Madras plague regulations and rules - Volume 2
Disease focus: Plague
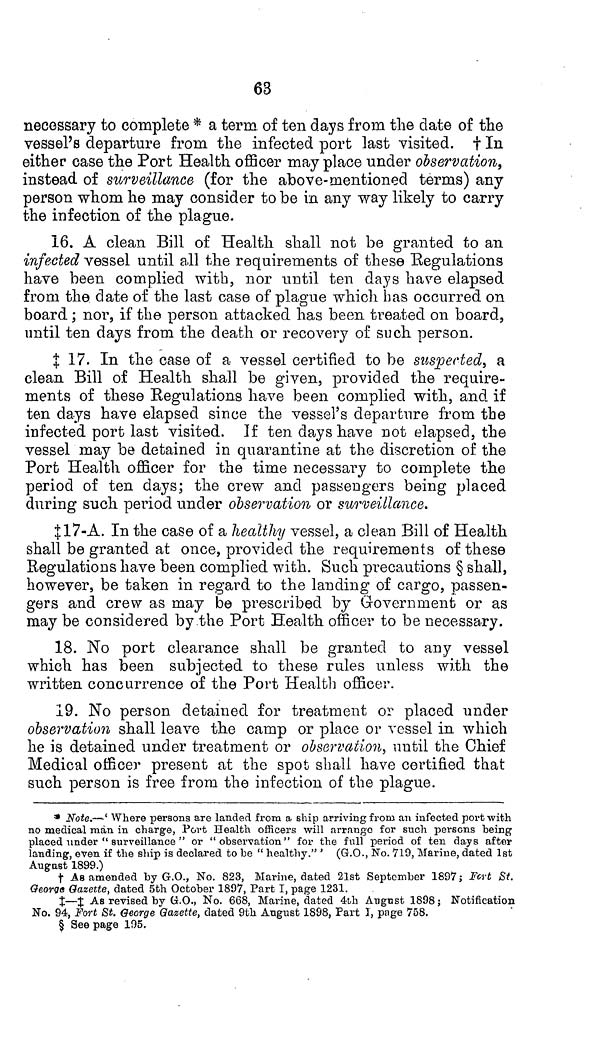
63
necessary to complete * a term of ten days from the date of the
vessel's departure from the infected port last visited, † In
either case the Port Health officer may place under observation,
instead of surveillance (for the above-mentioned terms) any
person whom he may consider to be in any way likely to carry
the infection of the plague.
16. A clean Bill of Health shall not be granted to an
infected vessel until all the requirements of these Regulations
have been complied with, nor until ten days have elapsed
from the date of the last case of plague which has occurred on
board; nor, if the person attacked has been treated on board,
until ten days from the death or recovery of such person.
‡ 17. In the case of a vessel certified to be suspected, a
clean Bill of Health shall be given, provided the require-
ments of these Regulations have been complied with, and if
ten days have elapsed since the vessel's departure from the
infected port last visited. If ten days have not elapsed, the
vessel may be detained in quarantine at the discretion of the
Port Health officer for the time necessary to complete the
period of ten days; the crew and passengers being placed
during such period under observation or surveillance.
‡17-A. In the case of a healthy vessel, a clean Bill of Health
shall be granted at once, provided the requirements of these
Regulations have been complied with. Such precautions § shall,
however, be taken in regard to the landing of cargo, passen-
gers and crew as may be prescribed by Government or as
may be considered by the Port Health officer to be necessary.
18. No port clearance shall be granted to any vessel
which has been subjected to these rules unless with the
written concurrence of the Port Health officer.
19. No person detained for treatment or placed under
observation shall leave the camp or place or vessel in which
he is detained under treatment or observation, until the Chief
Medical officer present at the spot shall have certified that
such person is free from the infection of the plague.
* Note.—'Where persons are landed from a ship arriving from an infected port with
no medical man in charge, Port Health officers will arrange for such persons being
placed under " surveillance " or "observation" for the full period of ten days after
landing, even if the ship is declared to be " healthy." ' (G.O., No. 719, Marine, dated 1st
August 1899.)
† As amended by G.O., No. 823, Marine, dated 21st September 1897; Fort St.
George Gazette, dated 5th October 1897, Part I, page 1231.
‡—‡ As revised by G.O., No. 668, Marine, dated 4th August 1898 ; Notification
No. 94, Fort St. George Gazette, dated 9th August 1898, Part I, page 758.
§ Seepage .195.